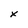
Character: x